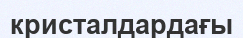
кристалдардағы